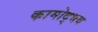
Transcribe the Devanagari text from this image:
कामोद्भव